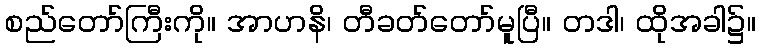
စည်တော်ကြီးကို။ အာဟနိ၊ တီခတ်တော်မူပြီ။ တဒါ၊ ထိုအခါ၌။